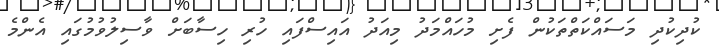
ކުދިކުދި މަސައްކަތްތަކުން ފެށި މުހައްމަދު މިއަދު އައިސްފައި ހުރި ހިސާބަށް ވާސިލުވުމުގައި އެންމެ